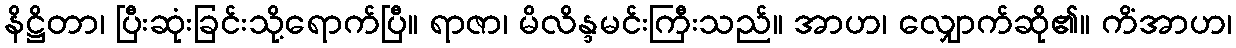
နိဋ္ဌိတာ၊ ပြီးဆုံးခြင်းသို့ရောက်ပြီ။ ရာဇာ၊ မိလိန္ဒမင်းကြီးသည်။ အာဟ၊ လျှောက်ဆို၏။ ကိံအာဟ၊